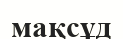
мақсұд